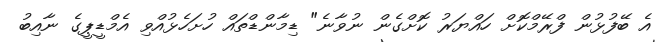
އެ ބޭފުޅުން ފްރޭމްކޮށް ހައްޔަރު ކޮށްގެން ނުވާނެ" ޑިމާންޑްތައް ހުށަހެޅުއްވި އެމްޑީޕީގެ ނާއިބު